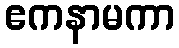
ဧကနာမကာ